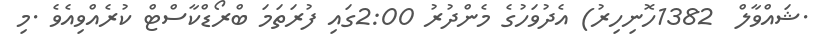
.ޝައްވާލް  1382ހޮނިހިރު) އެދުވަހުގެ މެންދުރު 2:00ގައި ފުރަތަމަ ބްރޯޑްކާސްޓް ކުރެއްވިއެވެ .މި